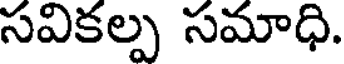
సవికల్ప సమాధి.